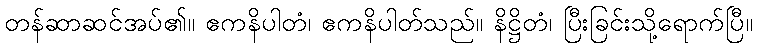
တန်ဆာဆင်အပ်၏။ ဧကနိပါတံ၊ ဧကနိပါတ်သည်။ နိဋ္ဌိတံ၊ ပြီးခြင်းသို့ရောက်ပြီ။